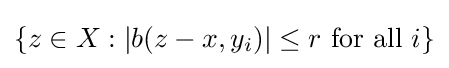
\left\{z\in X:|b(z-x,y_{i})|\leq r{\text{ for all }}i\right\}